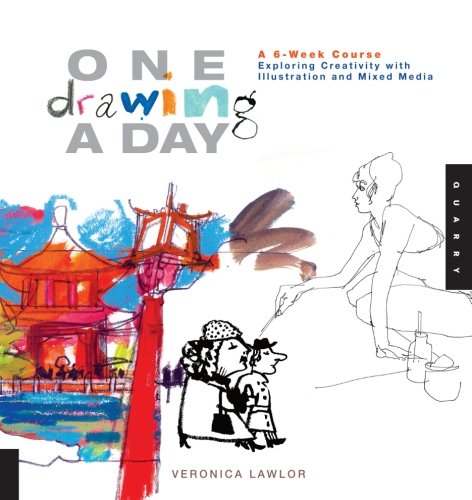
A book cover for One Drawing A Day: A 6-Week Course Exploring Creativity with Illustration and Mixed Media (One A Day); Veronica Lawlor; Crafts, Hobbies & Home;